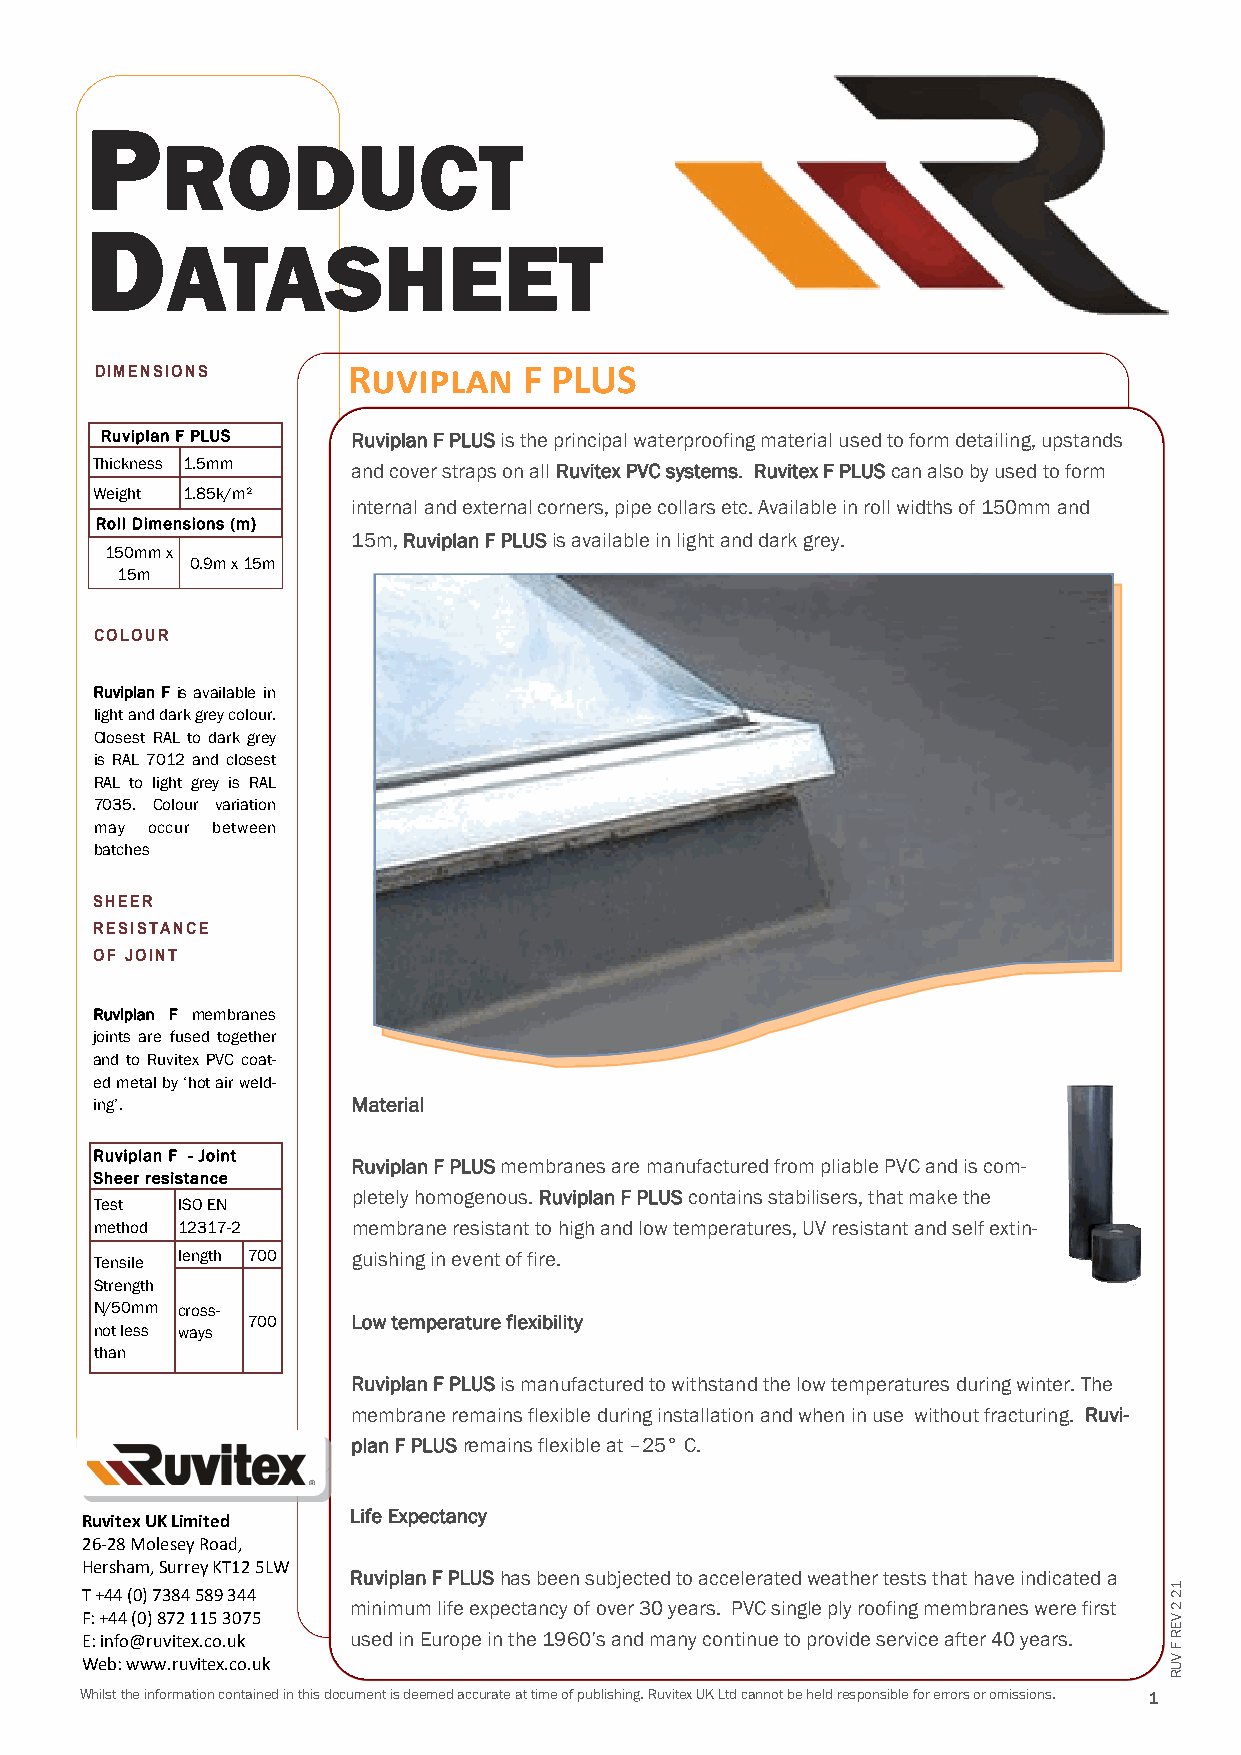
P
 RODUCT
 D
 ATASHEET
 DIMENSIONS       Ruviplan    F PLUS
 Ruviplan F PLUS Ruviplan F PLUS is the principal waterproofing material used to form detailing, upstands
 Thickness 1.5mm  and cover straps on all Ruvitex PVC systems. Ruvitex F PLUS can also by used to form
 Weight 1.85k/m²
 internal and external corners, pipe collars etc. Available in roll widths of 150mm and
 Roll Dimensions (m)
 15m, Ruviplan F PLUS is available in light and dark grey.
 150mm x
 0.9m x 15m
 15m
 COLOUR
 Ruviplan F is available in
 light and dark grey colour.
 Closest RAL to dark grey
 is RAL 7012 and closest
 RAL to light grey is RAL
 7035. Colour variation
 may occur between
 batches
 SHEER
 RESISTANCE
 OF JOINT
 Ruviplan F membranes
 joints are fused together
 and to Ruvitex PVC coat-
 ed metal by ‘hot air weld-
 ing’.            Material
 Ruviplan F - Joint
 Ruviplan F PLUS membranes are manufactured from pliable PVC and is com-
 Sheer resistance
 pletely homogenous. Ruviplan F PLUS contains stabilisers, that make the
 Test  ISO EN
 method 12317-2   membrane resistant to high and low temperatures, UV resistant and self extin-
 Tensile length 700 guishing in event of fire.
 Strength
 N/50mm cross-
 700    Low temperature flexibility
 not less ways
 than
 Ruviplan F PLUS is manufactured to withstand the low temperatures during winter. The
 membrane remains flexible during installation and when in use without fracturing. Ruvi-
 plan F PLUS remains flexible at –25° C.
 Life Expectancy
 Ruvitex UK Limited
 26-28 Molesey Road,
 Hersham, Surrey KT12 5LW
 Ruviplan F PLUS has been subjected to accelerated weather tests that have indicated a
 T +44 (0) 7384 589 344
 minimum life expectancy of over 30 years. PVC single ply roofing membranes were first
 F: +44 (0) 872 115 3075
 E: info@ruvitex.co.uk used in Europe in the 1960’s and many continue to provide service after 40 years.
 Web: www.ruvitex.co.uk
 Whilst the information contained in this document is deemed accurate at time of publishing. Ruvitex UK Ltd cannot be held responsible for errors or omissions. 1
 12
 2
 VER
 F
 VUR